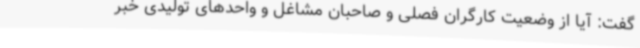
گفت: آیا از وضعیت کارگران فصلی و صاحبان مشاغل و واحدهای تولیدی خبر